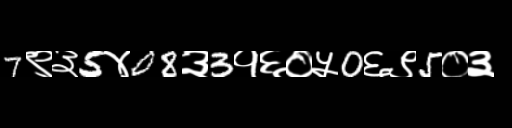
Text: 7९३5४08३3१६०५0६९5०३